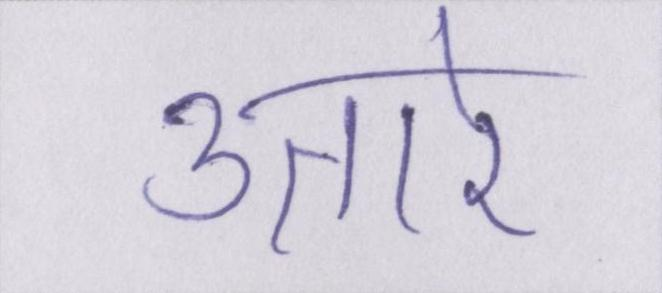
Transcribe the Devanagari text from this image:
उतारे